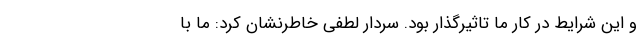
و این شرایط در کار ما تاثیرگذار بود. سردار لطفی خاطرنشان کرد: ما با